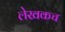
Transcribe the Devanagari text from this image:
लेखकच